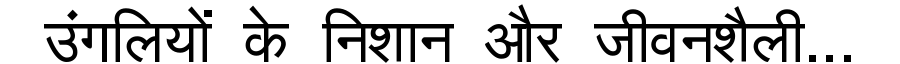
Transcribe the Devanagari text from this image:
उंगलियों के निशान और जीवनशैली...